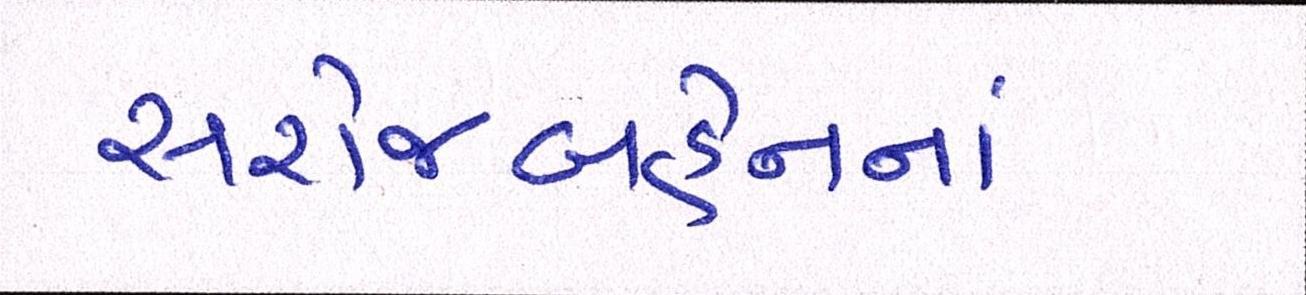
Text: સરોજબહેનનાં